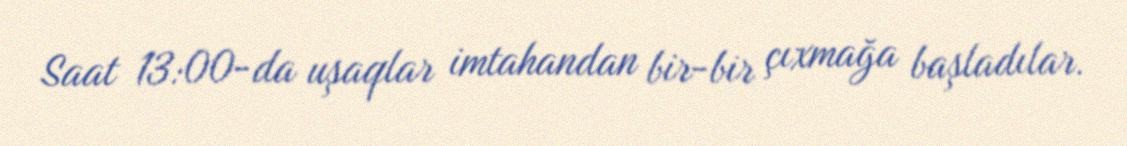
Saat 13:00-da uşaqlar imtahandan bir-bir çıxmağa başladılar.